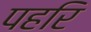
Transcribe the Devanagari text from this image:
पहरि